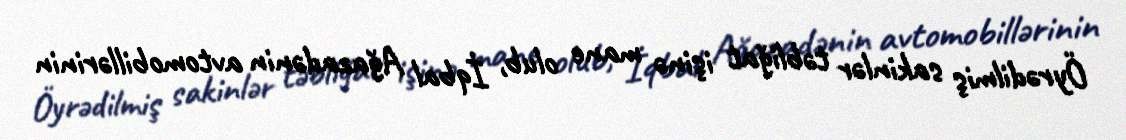
Öyrədilmiş sakinlər təbliğat işinə mane olub, İqbal Ağazadənin avtomobillərinin